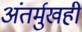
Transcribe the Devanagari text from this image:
अंतर्मुखही